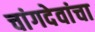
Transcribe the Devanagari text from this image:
चांगदेवांचा